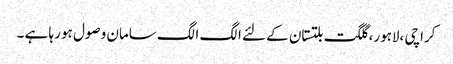
کراچی ،لاہور، گلگت بلتستان کے لئے الگ الگ سامان وصول ہو رہا ہے ۔